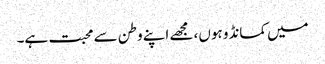
میں کمانڈو ہوں، مجھے اپنے وطن سے محبت ہے۔